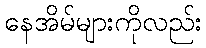
နေအိမ်များကိုလည်း